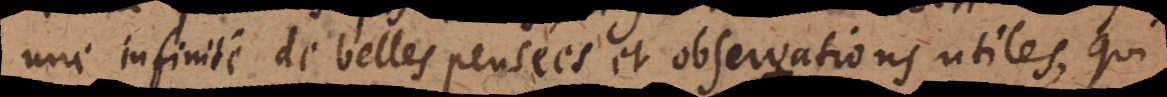
une infinité de belles pensées et observations utiles, qui